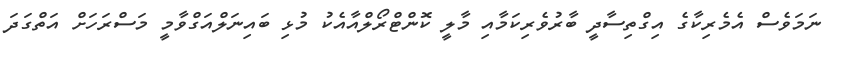
ނަމަވެސް އެމެރިކާގެ އިގްތިސާދީ ބާރުވެރިކަމާއި މާލީ ކޮންޓްރޯލްއާއެކު މުޅި ބައިނަލްއަގްވާމީ މަސްރަހަށް އަތްގަދަ